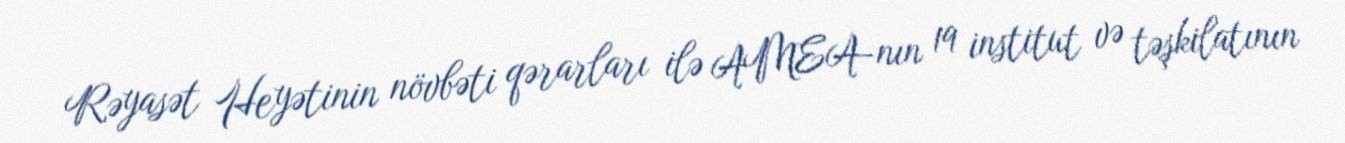
Rəyasət Heyətinin növbəti qərarları ilə AMEA-nın 19 institut və təşkilatının